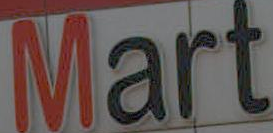
Mart